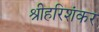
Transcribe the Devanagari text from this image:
श्रीहरिशंकर